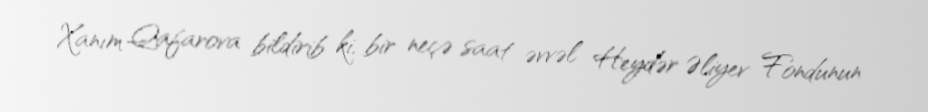
Xanım Qafarova bildirib ki, bir neçə saat əvvəl Heydər Əliyev Fondunun